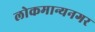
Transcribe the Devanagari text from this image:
लोकमान्यनगर